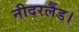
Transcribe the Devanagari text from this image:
नीदरलैंड।